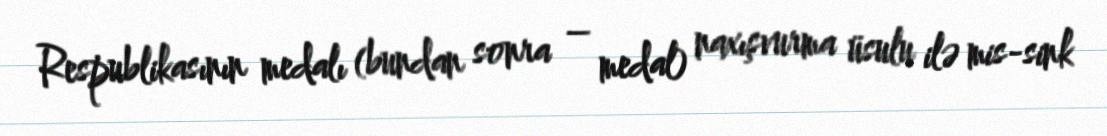
Respublikasının medalı (bundan sonra – medal) naxışvurma üsulu ilə mis-sink